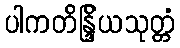
ပါကတိန္ဒြိယသုတ္တံ